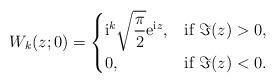
LaTeX: \begin{gather*}W_k(z;0)=\begin{cases}{\rm i}^k\sqrt{\dfrac{\pi}{2}}{\rm e}^{{\rm i}z}, &\mbox{if } \Im(z)>0,\\0, &\mbox{if } \Im(z)<0.\end{cases}\end{gather*}